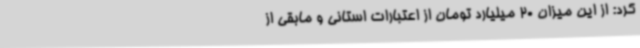
کرد: از این میزان 20 میلیارد تومان از اعتبارات استانی و مابقی از